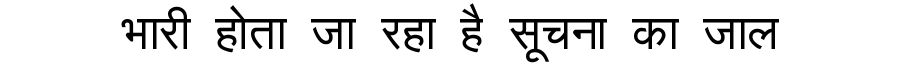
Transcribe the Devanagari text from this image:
भारी होता जा रहा है सूचना का जाल